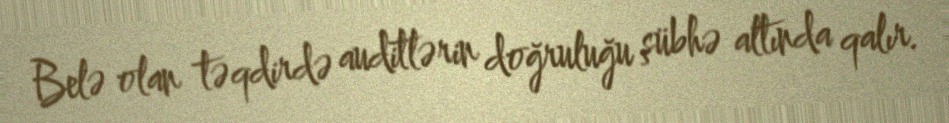
Belə olan təqdirdə auditlərin doğruluğu şübhə altında qalır.